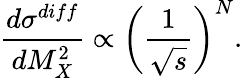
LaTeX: \frac{d\sigma^{diff}}{dM_{X}^{2}}\propto\left(\frac{1}{\sqrt{s}}\right)^{N}.